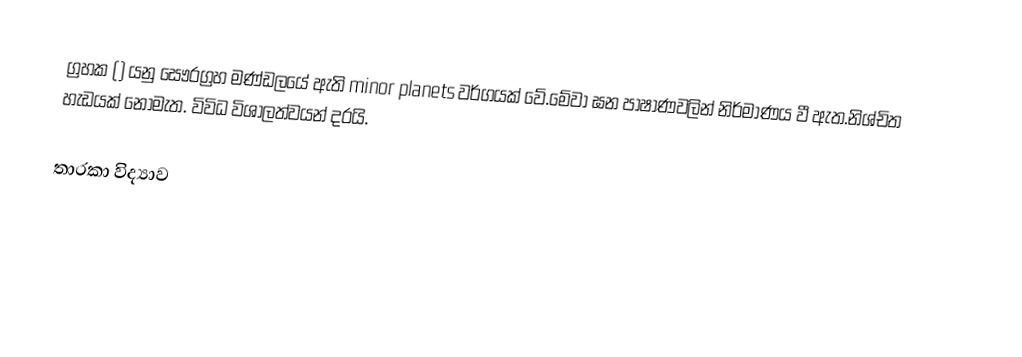
ග්‍රහක () යනු සෞරග්‍රහ මණ්ඩලයේ ඇති minor planets වර්ගයක් වේ.මේවා ඝන පාෂාණවලින් නිර්මාණය වී ඇත.නිශ්චිත හැඩයක් නොමැත. විවිධ විශාලත්වයන් දරයි.

තාරකා විද්‍යාව